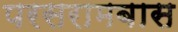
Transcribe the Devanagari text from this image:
परसरामबास